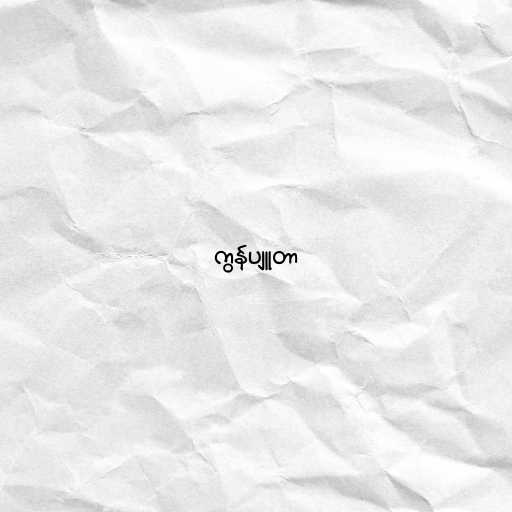
ကွန်ပျူတာ